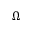
\Omega